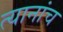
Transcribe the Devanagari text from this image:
त्यानांच